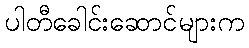
ပါတီခေါင်းဆောင်များက